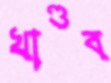
খাণ্ডব